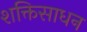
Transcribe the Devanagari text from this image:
शक्तिसाधन